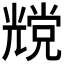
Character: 𰃔